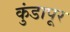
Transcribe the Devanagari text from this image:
कुंडापूर